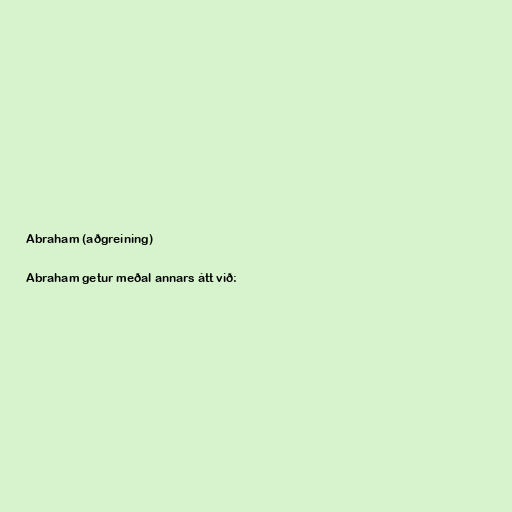
Abraham (aðgreining)

Abraham getur meðal annars átt við: